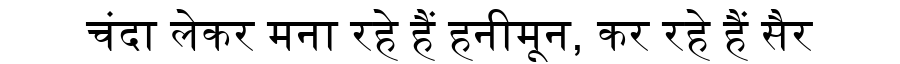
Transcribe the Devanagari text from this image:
चंदा लेकर मना रहे हैं हनीमून, कर रहे हैं सैर